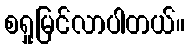
စရှုမြင်လာပါတယ်။